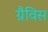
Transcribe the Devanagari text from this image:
ग्रैविस